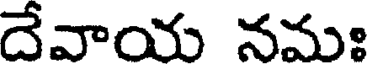
దేవాయ నమః